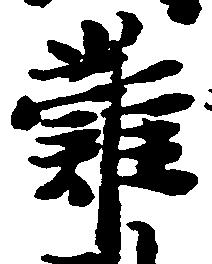
難